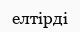
елтірді